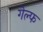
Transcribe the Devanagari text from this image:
गेल्फ